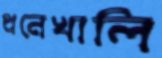
ধনেখালি